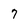
Character: 7